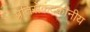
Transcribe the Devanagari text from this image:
प्रतिसेकंदकोनीय